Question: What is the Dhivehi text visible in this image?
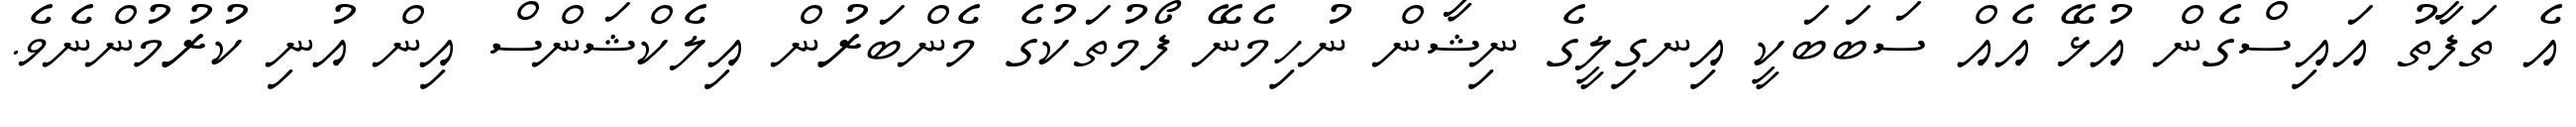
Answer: އެ ތަފާތު އައިސްގެން އުޅޭ އެއް ސަބަބަކީ އިނގިލީގެ ނިޝާން ނުހިމެނޭ ފޯމުތަކުގެ މެންބަރުން އިލެކްޝަންސް އިން އުނި ކުރުމުންނެވެ.